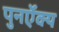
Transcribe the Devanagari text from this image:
पुनर्ऐक्य